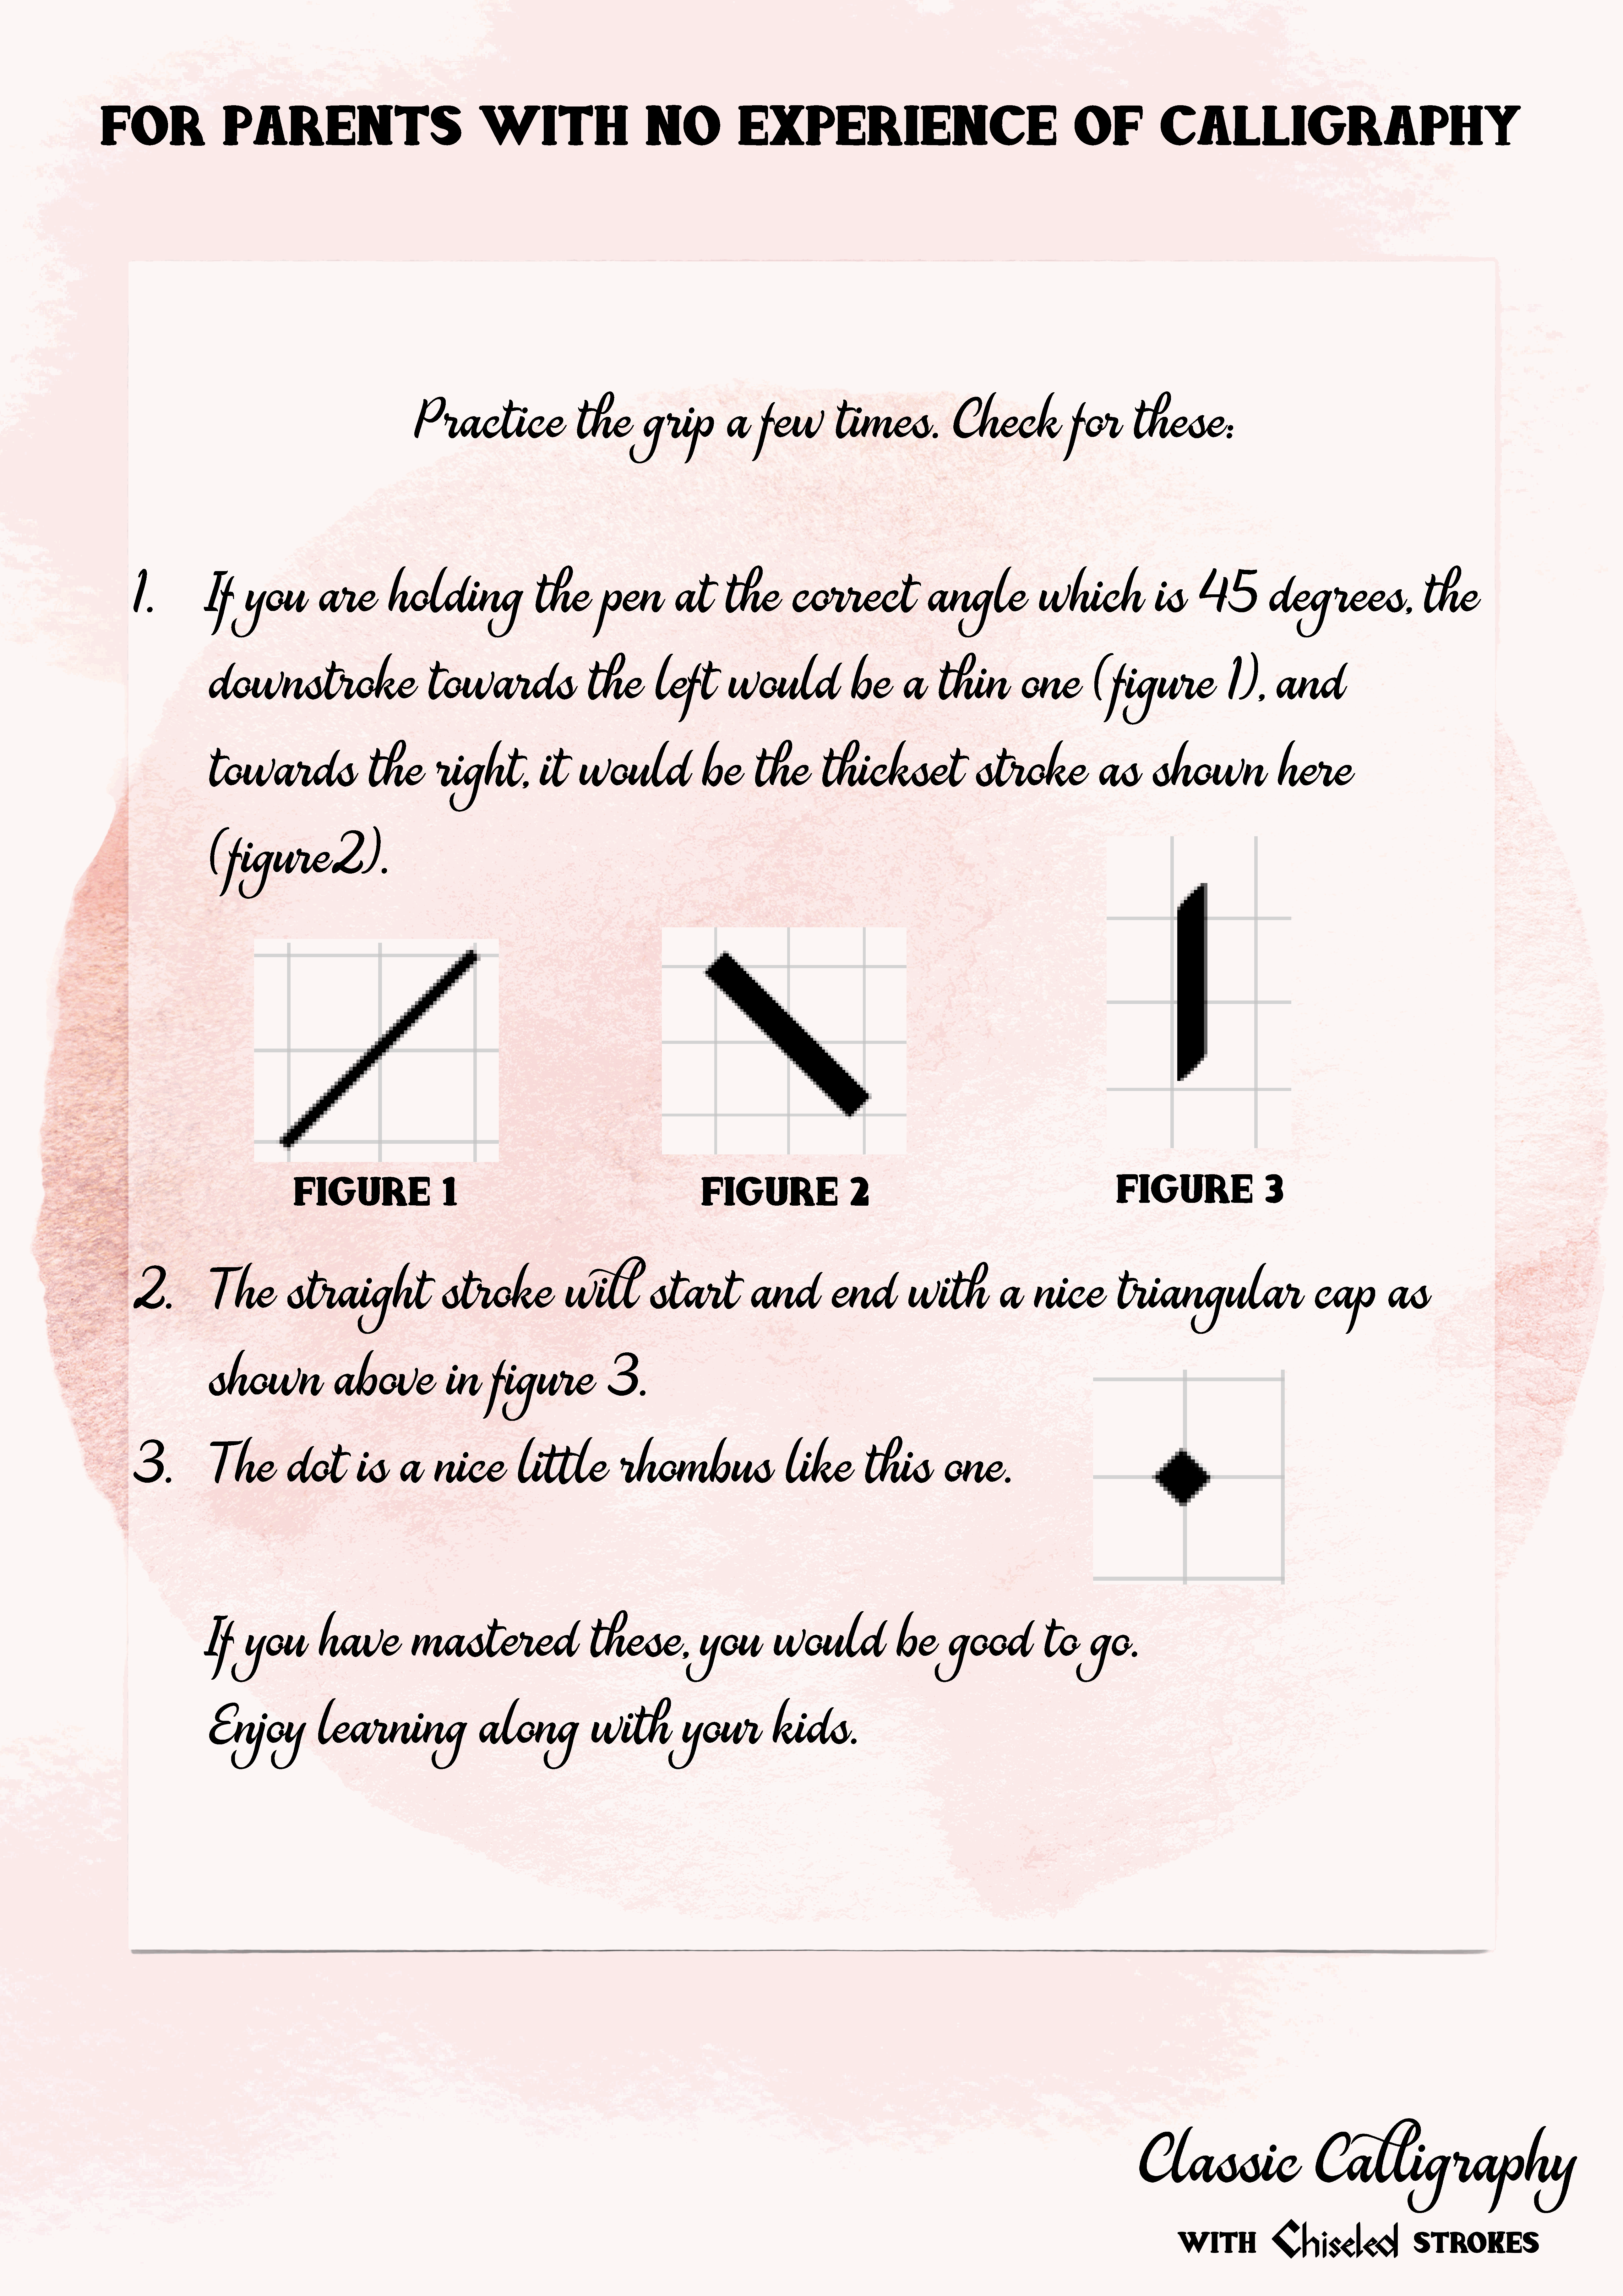
For                       parents                                               with                               no                  experience                                                            of                 Calligraphy
 Practice                           the           grip             a       few            times.                   Check                    for          these:
 1.              If      you            are            holding                        the           pen             at        the           correct                      angle                  which                    is       45             degrees,                        the
 downstroke                                    towards                           the           left            would                     be         a      thin              one            (figure                     1),       and
 towards                           the           right,                it      would                     be         the           thickset                         stroke                    as         shown                      here
 (figure2).
 figure                          3
 figure                         1                                                      figure                         2
 2.              The              straight                        stroke                    will              start                 and              end             with               a      nice              triangular                               cap             as
 shown                      above                  in        figure                  3.
 3.              The              dot            is       a      nice             little                rhombus                            like             this            one.
 If      you            have                mastered                              these,                 you            would                     be         good                to        go.
 Enjoy                  learning                          along                   with               your               kids.